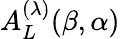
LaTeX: A_{L}^{(\lambda)}(\beta,\alpha)